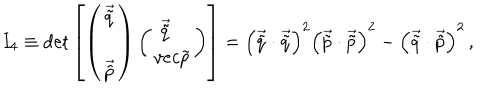
I _ { 4 } \equiv \det \left[ \left( \begin{array} { c } { { \vec { \tilde { q } } } } \\ { { \vec { \tilde { p } } } } \\ \end{array} \right) \left( \begin{array} { c c } { { \vec { \tilde { q } } \ \ \ } } \\ { { v e c { \tilde { p } } } } \\ \end{array} \right) \right] = \left( \vec { \tilde { q } } \cdot \vec { \tilde { q } } \right) ^ { 2 } \left( \vec { \tilde { p } } \cdot \vec { \tilde { p } } \right) ^ { 2 } - \left( \vec { \tilde { q } } \cdot \vec { \tilde { p } } \right) ^ { 2 } \, ,